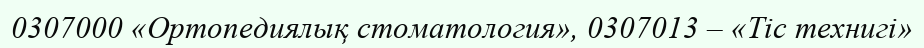
0307000 «Ортопедиялық стоматология», 0307013 – «Тіс технигі»